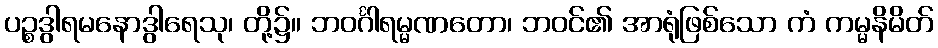
ပဉ္စဒွါရမနောဒွါရေသု၊ တို့၌။ ဘဝင်္ဂါရမ္မဏတော၊ ဘဝင်၏ အာရုံဖြစ်သော ကံ ကမ္မနိမိတ်